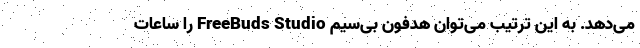
می‌دهد. به این ترتیب می‌توان هدفون بی‌سیم FreeBuds Studio را ساعات